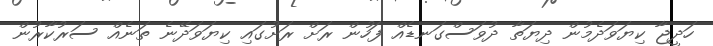
ހަދީޖާ ކިޔަވަދެމުން ދިޔަތާ ދުވަސްގަނޑެއް ފަހުން ރަށް ރަށުގައި ކިޔަވަދޭނެ ތަނެއް ސަރުކާރުން